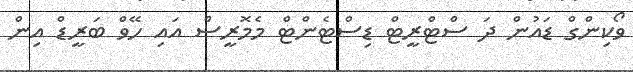
ވޯކިންގް ޑައުން ދަ ސްޓްރީޓް ޑިސްޓެންޓް މެމޮރީސް އައި ހޭވް ބަރީޑް އިން